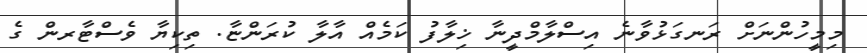
މިމީހުންނަށް ރަނގަޅުވާނެ އިސްލާމްދީނާ ޚިލާފު ކަމެއް އާލާ ކުރަންޏާ. ތިކިޔާ ވެސްޓާރން ގެ